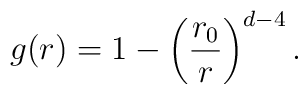
g(r)=1-\left(\frac{r_0}{r}\right)^{d-4} .